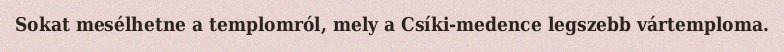
Sokat mesélhetne a templomról, mely a Csíki-medence legszebb vártemploma.